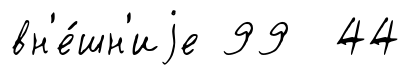
вн'е́шн'иjе 99 44